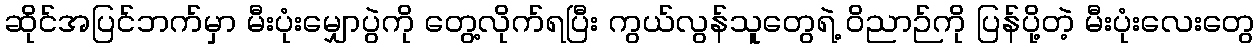
ဆိုင်အပြင်ဘက်မှာ မီးပုံးမျှောပွဲကို တွေ့လိုက်ရပြီး ကွယ်လွန်သူတွေရဲ့ ဝိညာဉ်ကို ပြန်ပို့တဲ့ မီးပုံးလေးတွေ